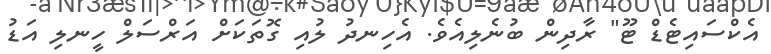
އެކްސައިޓެޑް ޓޫ" ރާދިން ބުނެލިއެވެ. އެހިނދު ލުއި ގޮތަކަށް އަރްސަލް ހީނލި އަޑު